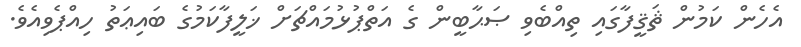
އެހެން ކަމުން ޘަޤީފާގައި ތިއްބެވި ޞަޙާބީން ގެ އަތްޕުޅުމައްޗަށް ޚަލީފާކަމުގެ ބައިޢަތު ހިއްޕެވިއެވެ.